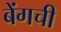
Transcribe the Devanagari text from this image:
बेंगची